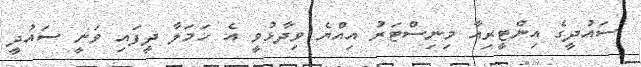
ސައުދީގެ އިންޓީރިއާ މިނިސްޓަރު އިއްޔެ ވިދާޅުވީ އެ ހަމަލާ ދީފައި ވަނީ ސައުދީ